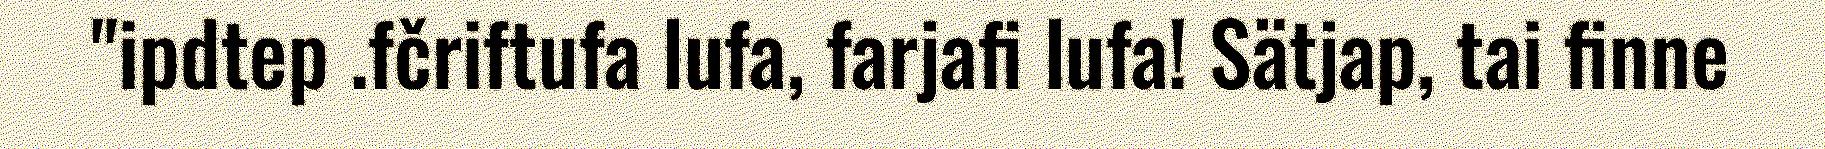
"ipdtep .fčriftufa lufa, farjafi lufa! Sätjap, tai finne